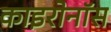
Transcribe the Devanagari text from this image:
काइरोनॉस